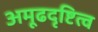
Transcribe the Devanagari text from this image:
अमूढदृष्टित्व